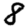
Digit: 8